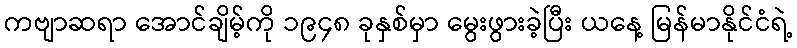
ကဗျာဆရာ အောင်ချိမ့်ကို ၁၉၄၈ ခုနှစ်မှာ မွေးဖွားခဲ့ပြီး ယနေ့ မြန်မာနိုင်ငံရဲ့